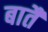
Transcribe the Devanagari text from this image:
बातैं